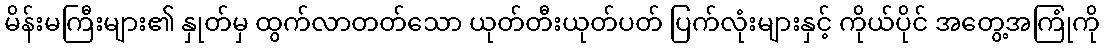
မိန်းမကြီးများ၏ နှုတ်မှ ထွက်လာတတ်သော ယုတ်တီးယုတ်ပတ် ပြက်လုံးများနှင့် ကိုယ်ပိုင် အတွေ့အကြုံကို